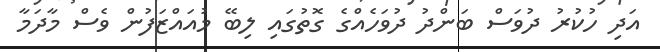
އަދި ހުކުރު ދުވަސް ބަންދު ދުވަހެއްގެ ގޮތުގައި ލިބޭ މުއައްޒަފުން ވެސް މާދަމާ